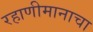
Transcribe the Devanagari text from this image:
रहाणीमानाचा